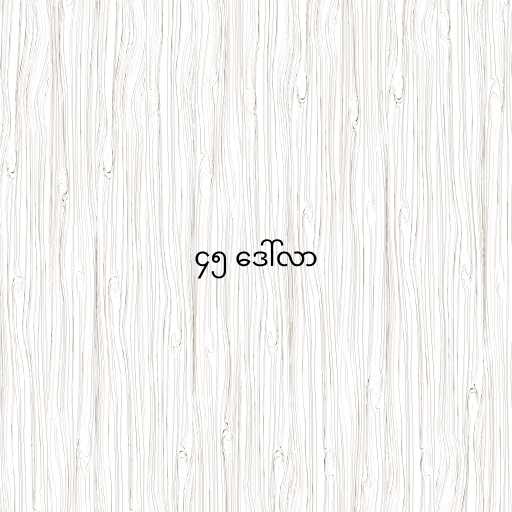
၄၅ ဒေါ်လာ